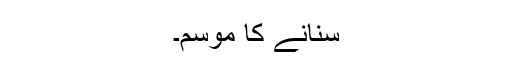
سنانے کا موسم۔